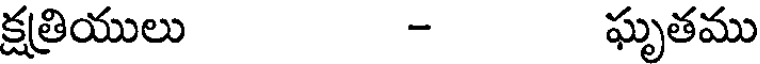
క్షత్రియులు - ఘృతము